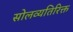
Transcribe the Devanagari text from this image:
सोलव्यतिरिक्त